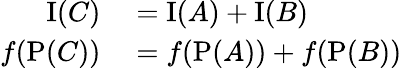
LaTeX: \begin{array}{rl}{\operatorname{I}(C)}&{{}=\operatorname{I}(A)+\operatorname{I}(B)}\\ {f(\operatorname{P}(C))}&{{}=f(\operatorname{P}(A))+f(\operatorname{P}(B))}\end{array}